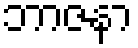
ဘာဇနာ